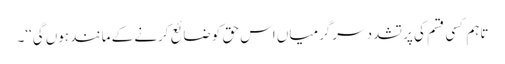
تاہم کسی قسم کی پر تشدد سرگرمیاں اس حق کو ضائع کرنے کے مانند ہوں گی‘‘۔